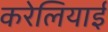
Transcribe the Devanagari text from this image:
करेलियाई